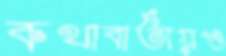
কথাবার্তায়ও